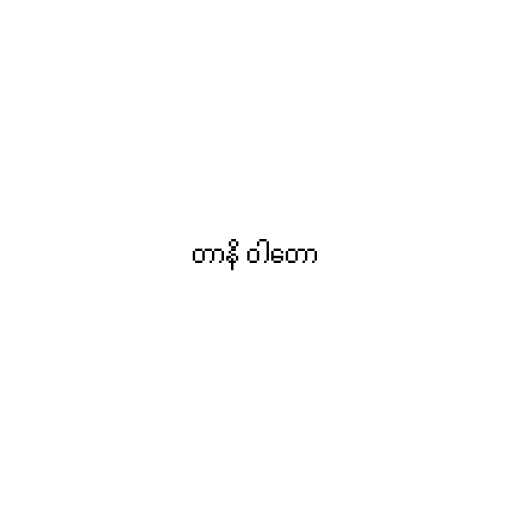
တာနိ ဝါတော